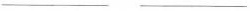
___ ___